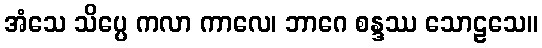
အံသေ သိပ္ပေ ကလာ ကာလေ၊ ဘာဂေ စန္ဒဿ သောဠသေ။